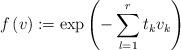
LaTeX: \begin{align*}f \left( v \right) := \exp\left( -\sum_{l=1}^r t_k v_k \right)\end{align*}